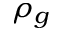
\rho _ { g }